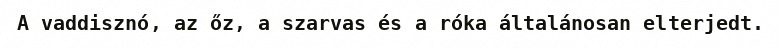
A vaddisznó, az őz, a szarvas és a róka általánosan elterjedt.